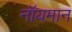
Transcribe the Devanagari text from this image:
नॉयमान